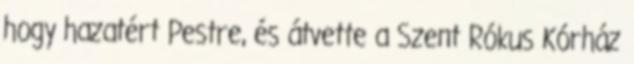
hogy hazatért Pestre, és átvette a Szent Rókus Kórház